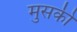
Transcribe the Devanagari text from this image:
मुसकी